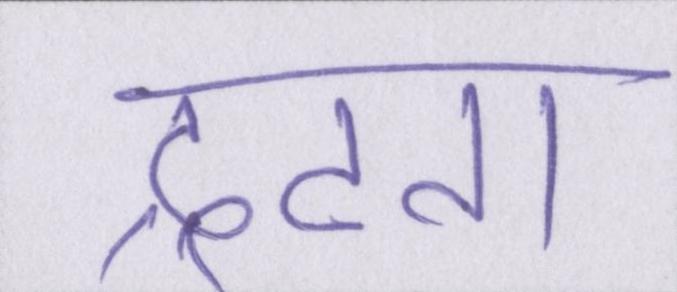
द्रढता